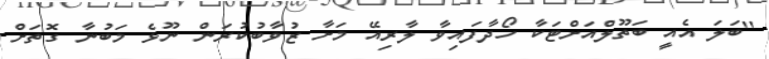
''ބަލަ އެއީ ބަތޫލްއަށްޓަކާ ހޯދާފައިވާ ލާރިއޭ މަށާ ޒުވާބުކުރަން ނޫޅެ މަބުނާ ގޮތަށް